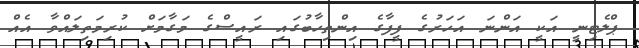
ޕްލެޓިނީ އަކީ އަންނަ އަހަރުގެ ފީފާގެ އިންތިހާބުގައި ރައީސްގެ މަގާމަށް ކުރިމަތިލައްވާ އެއް